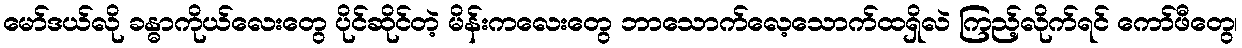
မော်ဒယ်လို ခန္ဓာကိုယ်လေးတွေ ပိုင်ဆိုင်တဲ့ မိန်းကလေးတွေ ဘာသောက်လေ့သောက်ထရှိလဲ ကြည့်လိုက်ရင် ကော်ဖီတွေ၊